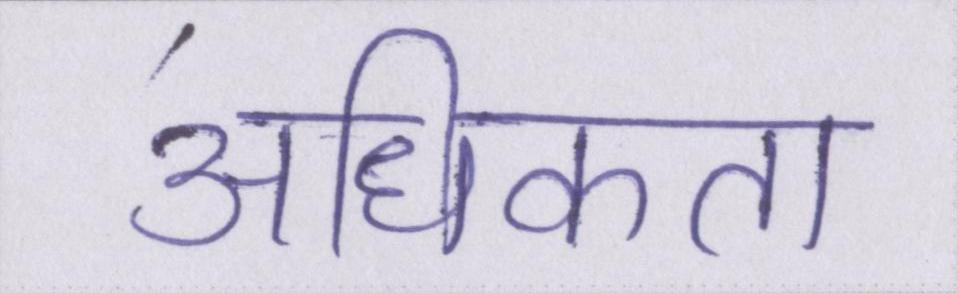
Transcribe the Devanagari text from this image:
अधिकता